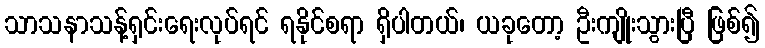
သာသနာသန့်ရှင်းရေးလုပ်ရင် ရနိုင်စရာ ရှိပါတယ်၊ ယခုတော့ ဦးကျိုးသွားပြီ ဖြစ်၍